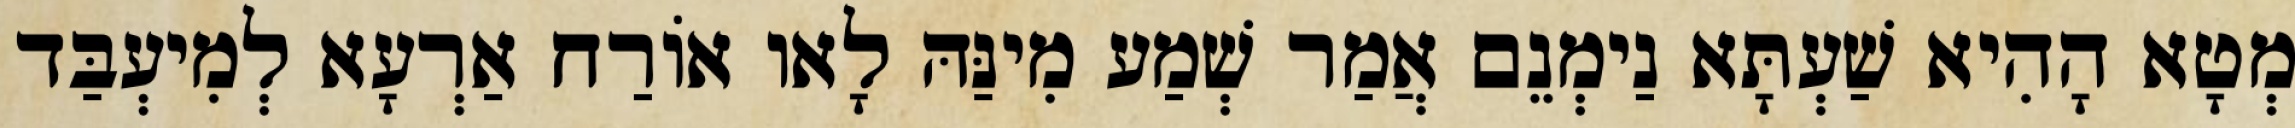
מְטָא הָהִיא שַׁעְתָּא נַימְנֵם אֲמַר שְׁמַע מִינַּהּ לָאו אוֹרַח אַרְעָא לְמִיעְבַּד